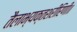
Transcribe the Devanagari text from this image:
तैलाभ्यक्तशरीरिणी॥